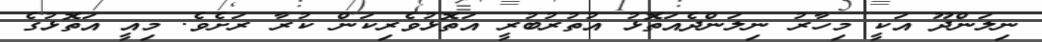
ނިލަންދޫ އަކީ މިހާރު ނިލަންދެއަތޮޅު އުތުރުބުރީ އަތޮޅުވެރިކަން ކުރާ ރަށެވެ. މިއީ އަތޮޅުގެ